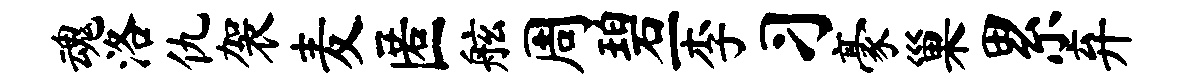
魂洛仇袈麦匿舷周碧一李习豪巢累弃